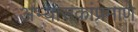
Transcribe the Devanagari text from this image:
अभ्यासकांप्रमाणे